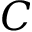
C